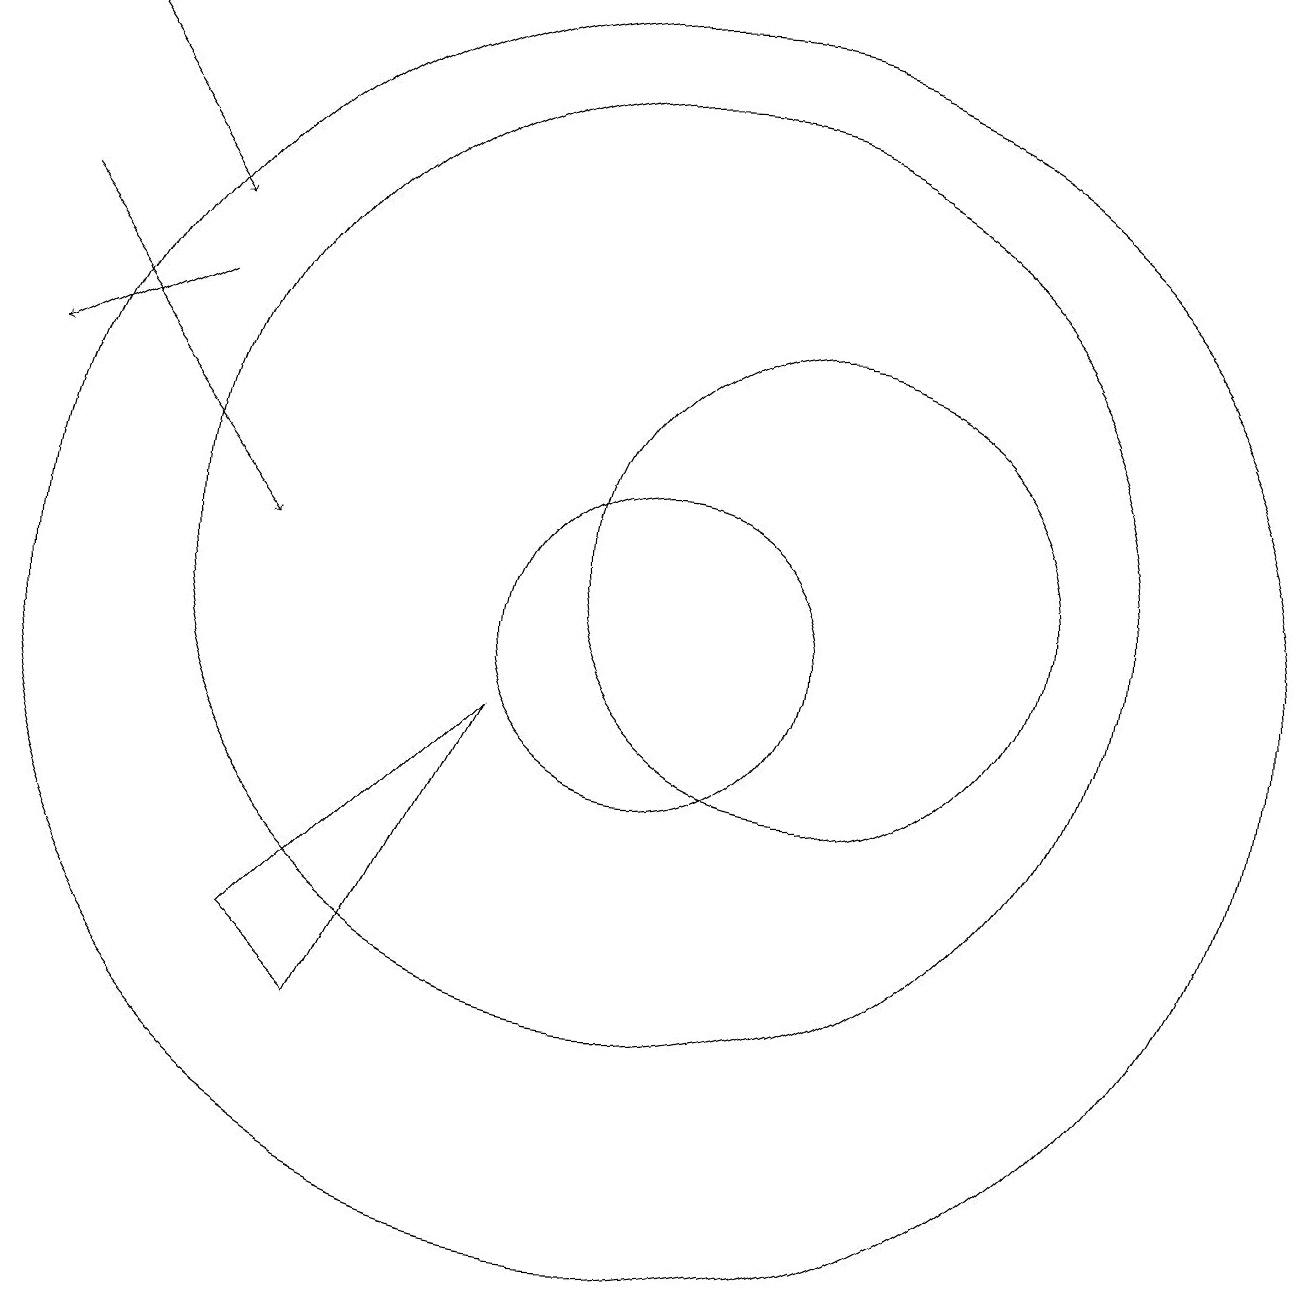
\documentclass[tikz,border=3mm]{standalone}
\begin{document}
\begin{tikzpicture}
\draw[->] (2,18) -- (4,15);
\draw (10,10) circle (8);
\draw (12,11) circle (3);
\draw[->] (2,15) -- (5,11);
\draw (6,5) -- (5,6) -- (8,9) -- cycle;
\draw (10,11) circle (6);
\draw (10,10) circle (2);
\draw[->] (4,14) -- (2,13);
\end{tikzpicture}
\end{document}